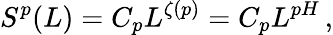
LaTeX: S^{p}(L)=C_{p}L^{\zeta(p)}=C_{p}L^{pH}\, ,